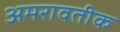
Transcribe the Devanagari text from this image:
अमरावतीक